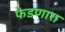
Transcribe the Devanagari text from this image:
फेडणारा